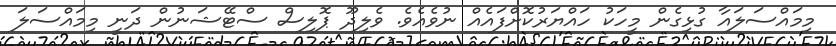
މިމައްސަލައާ ގުޅިގެން މީހަކު ހައްޔަރުކޮށްފައެއް ނުވެއެވެ. ވެލިދޫ ޕޮލިސް ސްޓޭޝަނުން ދަނީ މިމައްސަލަ